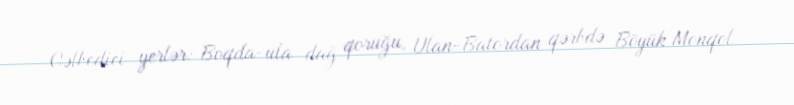
Cəlbedici yerlər: Boqda-ula dağ qoruğu, Ulan-Batordan qərbdə Böyük Monqol